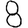
Digit: 8